Vaccination North-Western Provinces and Oudh 1896-1901 - 1896-1901
Year: 1896
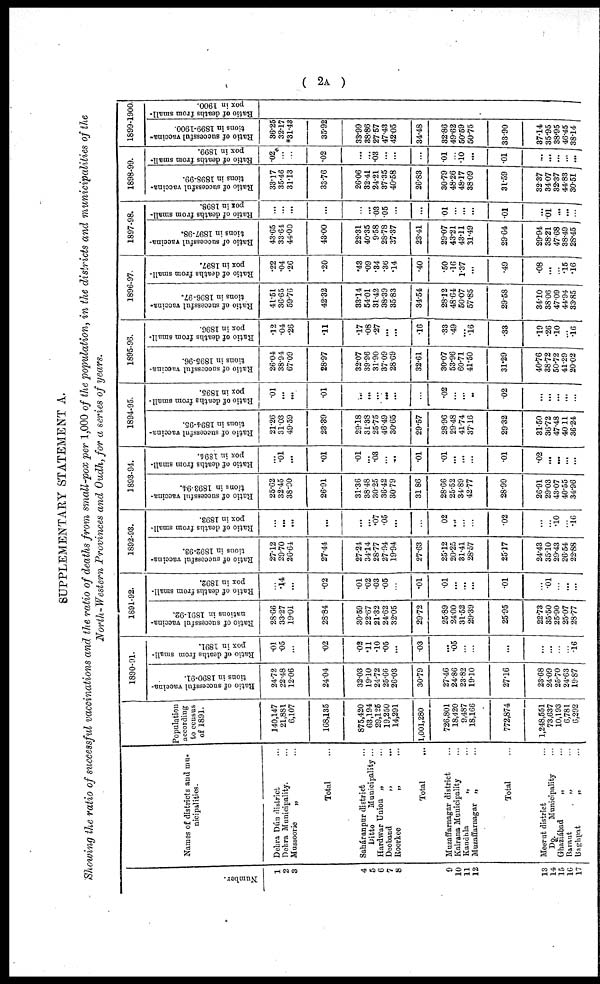
( 2A )
SUPPLEMENTARY STATEMENT A.
Showing the ratio of successful vaccinations and the ratio of deaths from small-pox per 1,000 of the population, in the districts and municipalities of the
North-Western Provinces and Oudh, for a series of years.
Number.
1
2
3
4
5
6
7
8
9
10
11
12
13
14
15
16
17
Names of districts and mu-
nicipalities.
Dehra Dún district ...
Dehra Municipality. ...
Mussoorie
„ ...
Total ...
Saháranpur districy ...
Ditte Municipality ...
Hardwar Union „ ...
Deoband „ ...
Roorkee
„
...
Total ...
Muzaffarnagar district ...
Kairara Municipality ...
Kandhla „ ...
Muzaffarnagar „ ...
Total ...
Meerut district ...
Do. Municipality ...
Ghaziábad „ ...
Baraut „ ...
Baghpat „ ...
Population
according
to census
of 1891.
140,147
21,881
6,107
168,135
875,420
63,194
29,126
19,250
14,291
1,001,280
726,301
18,420
9,487
18,166
772,874
1,248,551
73,637
10,193
6,781
6,292
1890-91.
Ratio of successful vaccina-
tions in 1890-91.
24.72
22.48
12.06
24.04
32.03
19.10
24.72
25.66
26.03
30.79
27.46
24.86
23.82
19.10
27.16
23.68
24.09
25.70
24.63
19.87
Ratio of deaths from small-
pox in 1891.
.01
.05
...
.02
.02
.11
.10
.05
...
.03
...
.05
...
...
...
...
...
...
...
.16
1891-92.
Ratio of successful vaccina-
nations in 1891-92.
28.66
33.27
19.01
28.84
30.59
22.67
21.32
24.62
32.05
29.72
25.89
24.00
31.52
29.39
25.95
22.73
35.50
25.90
25.07
28.77
Ratio of deaths from small-
pox in 1892.
...
.14
...
.02
.01
.02
.03
.05
...
.01
.01
...
...
...
.01
...
.01
...
...
...
1892-93.
Ratio of successful vaccina-
tions in 1892-93.
27.12
29.70
26.64
27.44
27.24
34.14
28.77
27.94
19.94
27.63
25.12
20.25
31.41
28.57
25.17
24.43
35.10
29.43
26.54
22.88
Ratio of deaths from small-
pox in 1893.
...
...
...
...
...
...
.07
.05
...
...
02
...
...
...
.02
...
...
.10
...
.16
1893-94.
Ratio of successful vaccina-
tions in 1893-94.
25.62
32.45
38.90
26.91
31.36
38.48
30.25
36.42
30.79
31.86
28.66
25.52
34.89
42.77
28.99
26.91
29.03
43.07
40.55
34.96
Ratio of deaths from small-
pox in 1894.
...
.01
...
.01
.01
...
.03
...
...
.01
.01
...
...
...
.01
.02
...
...
...
...
1894-95.
Ratio of successful vaccina-
tions in 1894-95.
21.26
31.03
49.59
23.39
29.18
31.38
25.75
46.49
30.65
29.57
28.96
29.48
41.74
37.16
29.32
31.50
36.72
47.48
40.11
36.24
Ratio of deaths from small-
pox in 1895.
.01
...
...
.01
...
...
...
...
...
...
.02
...
...
...
.02
...
...
...
...
...
1895-96.
Ratio of successful vaccina-
tions in 1895-96.
26.04
38.94
67.09
28.97
32.07
39.96
31.90
37.09
28.69
32.61
30.07
53.96
60.71
41.50
31.29
40.76
38.72
50.72
41.29
20.02
Ratio of deaths from small-
pox in 1896.
.12
.04
.26
.11
.17
.08
.27
...
...
.16
.33
.49
...
.16
.33
.19
.26
.10
...
.16
1896-97.
Ratio of successful vaccina-
tions in 1896-97.
41.51
36.65
59.76
42.32
33.14
54.01
31.42
38.39
35.83
34.54
28.12
48.64
50.07
57.85
29.58
34.10
3806
47.09
44.94
33.85
Ratio of deaths from small-
pox in 1897.
.22
.04
.26
.20
.43
.09
.34
.36
.14
.40
.50
.16
1.37
...
.49
.08
...
...
.15
.16
1897-98.
Ratio of successful vaccina-
tions in 1897-98.
43.65
33.64
44.00
43.00
22.31
40.35
9.58
28.78
37.37
23.41
29.07
43.21
43.11
31.49
29 64
29.94
38.21
47.68
38.49
28.45
Ratio of deaths from small-
pox in 1898.
...
...
...
...
...
...
.03
.05
...
...
.01
...
...
...
.01
...
.01
...
...
...
1898-99.
Ratio of successful vaccina-
tions in 1898-99.
33.17
35.46
31.13
33.76
26.06
32.41
24.21
37.35
40.58
26.83
30.79
48.26
48.17
38.09
31.59
32.37
34.07
32.37
44.83
30.51
Ratio of deaths from small-
pox in 1899.
.02
...
...
.02
...
...
.03
...
...
...
.01
...
.10
...
.01
...
...
...
...
...
1899-1900.
Ratio of successful vaccina-
tions in 1899-1900.
36.25
32.17
*31.43
35.92
33.99
38.86
27.57
47.43
42.05
34.48
32.86
49.62
50.59
50.75
33.90
37.14
35.95
38.95
46.45
38.14
Ratio of deaths from small-
pox in 1900.